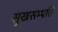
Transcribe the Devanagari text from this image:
सुखसम्पत्ति